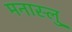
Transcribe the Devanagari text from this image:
मनास्लु